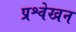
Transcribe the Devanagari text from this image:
प्रश्वेखन